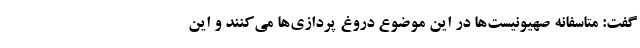
گفت: متاسفانه صهیونیست‌ها در این موضوع دروغ پردازی‌ها می‌کنند و این